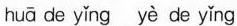
huā de yǐng yè de yǐng